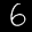
Label: 6